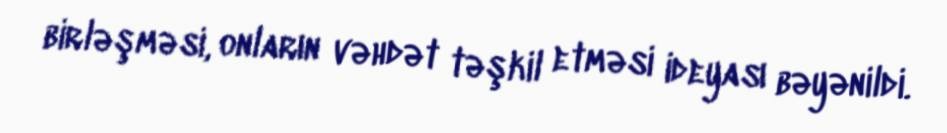
birləşməsi, onların vəhdət təşkil etməsi ideyası bəyənildi.